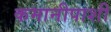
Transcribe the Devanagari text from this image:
कमानीपाशी